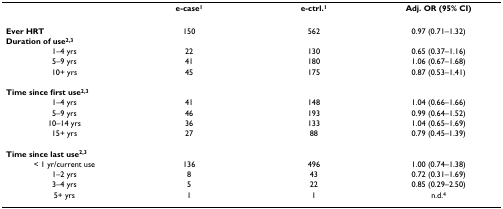
<table><thead><tr><td></td><td><b>e-case<sup>1</sup></b></td><td><b>e-ctrl.<sup>1</sup></b></td><td><b>Adj. OR (95% CI)</b></td></tr></thead><tbody><tr><td><b>Ever HRT</b></td><td>150</td><td>562</td><td>0.97 (0.71–1.32)</td></tr><tr><td><b>Duration of use<sup>2,3</sup></b></td><td></td><td></td><td></td></tr><tr><td>1–4 yrs</td><td>22</td><td>130</td><td>0.65 (0.37–1.16)</td></tr><tr><td>5–9 yrs</td><td>41</td><td>180</td><td>1.06 (0.67–1.68)</td></tr><tr><td>10+ yrs</td><td>45</td><td>175</td><td>0.87 (0.53–1.41)</td></tr><tr><td><b>Time since first use<sup>2,3</sup></b></td><td></td><td></td><td></td></tr><tr><td>1–4 yrs</td><td>41</td><td>148</td><td>1.04 (0.66–1.66)</td></tr><tr><td>5–9 yrs</td><td>46</td><td>193</td><td>0.99 (0.64–1.52)</td></tr><tr><td>10–14 yrs</td><td>36</td><td>133</td><td>1.04 (0.65–1.69)</td></tr><tr><td>15+ yrs</td><td>27</td><td>88</td><td>0.79 (0.45–1.39)</td></tr><tr><td><b>Time since last use<sup>2,3</sup></b></td><td></td><td></td><td></td></tr><tr><td>&lt; 1 yr/current use</td><td>136</td><td>496</td><td>1.00 (0.74–1.38)</td></tr><tr><td>1–2 yrs</td><td>8</td><td>43</td><td>0.72 (0.31–1.69)</td></tr><tr><td>3–4 yrs</td><td>5</td><td>22</td><td>0.85 (0.29–2.50)</td></tr><tr><td>5+ yrs</td><td>1</td><td>1</td><td>n.d.<sup>4</sup></td></tr></tbody></table>